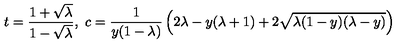
t = \frac { 1 + \sqrt { \lambda } } { 1 - \sqrt { \lambda } } , \ c = \frac { 1 } { y ( 1 - \lambda ) } \left( 2 \lambda - y ( \lambda + 1 ) + 2 \sqrt { \lambda ( 1 - y ) ( \lambda - y ) } \right)